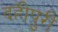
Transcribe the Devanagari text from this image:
दहीपुरी